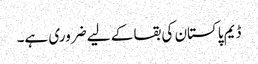
ڈیم پاکستان کی بقا کے لیے ضروری ہے۔